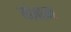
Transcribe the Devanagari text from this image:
गंगम